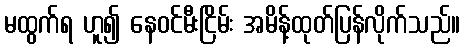
မထွက်ရ ဟူ၍ နေဝင်မီးငြိမ်း အမိန့်ထုတ်ပြန်လိုက်သည်။